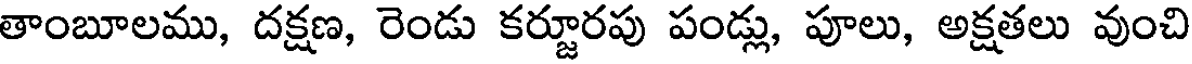
తాంబూలము, దక్షణ, రెండు కర్జూరపు పండ్లు, పూలు, అక్షతలు వుంచి